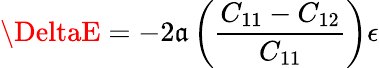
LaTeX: \DeltaE=-2\mathfrak{a}\left({\frac{{C_{11}-C_{12}}}{{C_{11}}}}\right)\epsilon